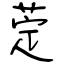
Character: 萣